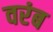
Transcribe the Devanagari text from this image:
वरंब